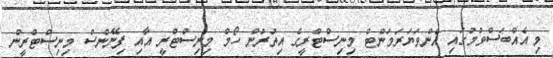
މި އެއްބަސްވުމުގައި އެންވަޔަރަމަންޓް މިނިސްޓްރީގެ އިތުރުން ހޯމް މިނިސްޓްރީ އާއި ފިނޭންސް މިނިސްޓްރީން